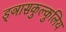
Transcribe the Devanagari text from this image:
ड्ञासकुल्कुलिय